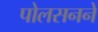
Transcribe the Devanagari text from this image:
पोलसनने